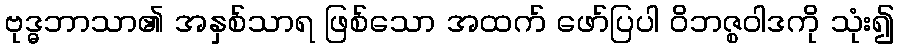
ဗုဒ္ဓဘာသာ၏ အနှစ်သာရ ဖြစ်သော အထက် ဖော်ပြပါ ဝိဘဇ္စဝါဒကို သုံး၍